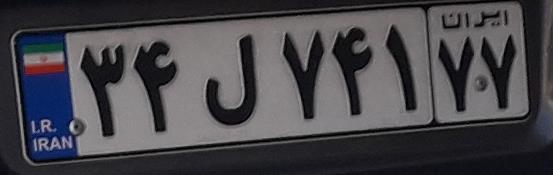
۳۴ل۷۴۱۷۷